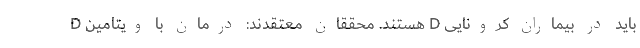
D هستند. محققان معتقدند: درمان با ویتامین D باید در بیماران کرونایی